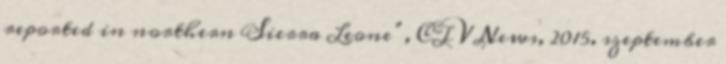
reported in northern Sierra Leone”, CTV News, 2015. szeptember